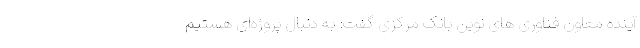
آینده معاون فناوری های نوین بانک مرکزی گفت: به دنبال پروژه‌ای هستیم